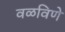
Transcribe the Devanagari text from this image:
वळविणे